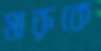
মারুকে